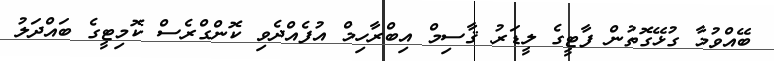
ބޭއްވުމާ ގުޅޭގޮތުން ފާޓީގެ ލީޑަރު ޤާސިމް އިބްރާހިމް އުފެއްދެވި ކޮންގްރެސް ކޮމިޓީގެ ބައްދަލު